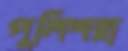
পুলিশরা